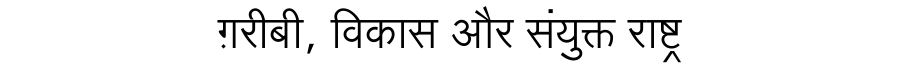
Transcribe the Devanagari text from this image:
ग़रीबी, विकास और संयुक्त राष्ट्र